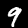
Digit: 9